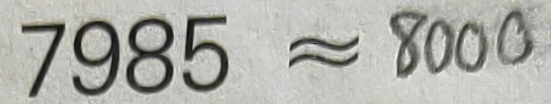
7 9 8 5 \approx 8 0 0 0